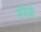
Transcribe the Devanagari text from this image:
स्पेज़ी